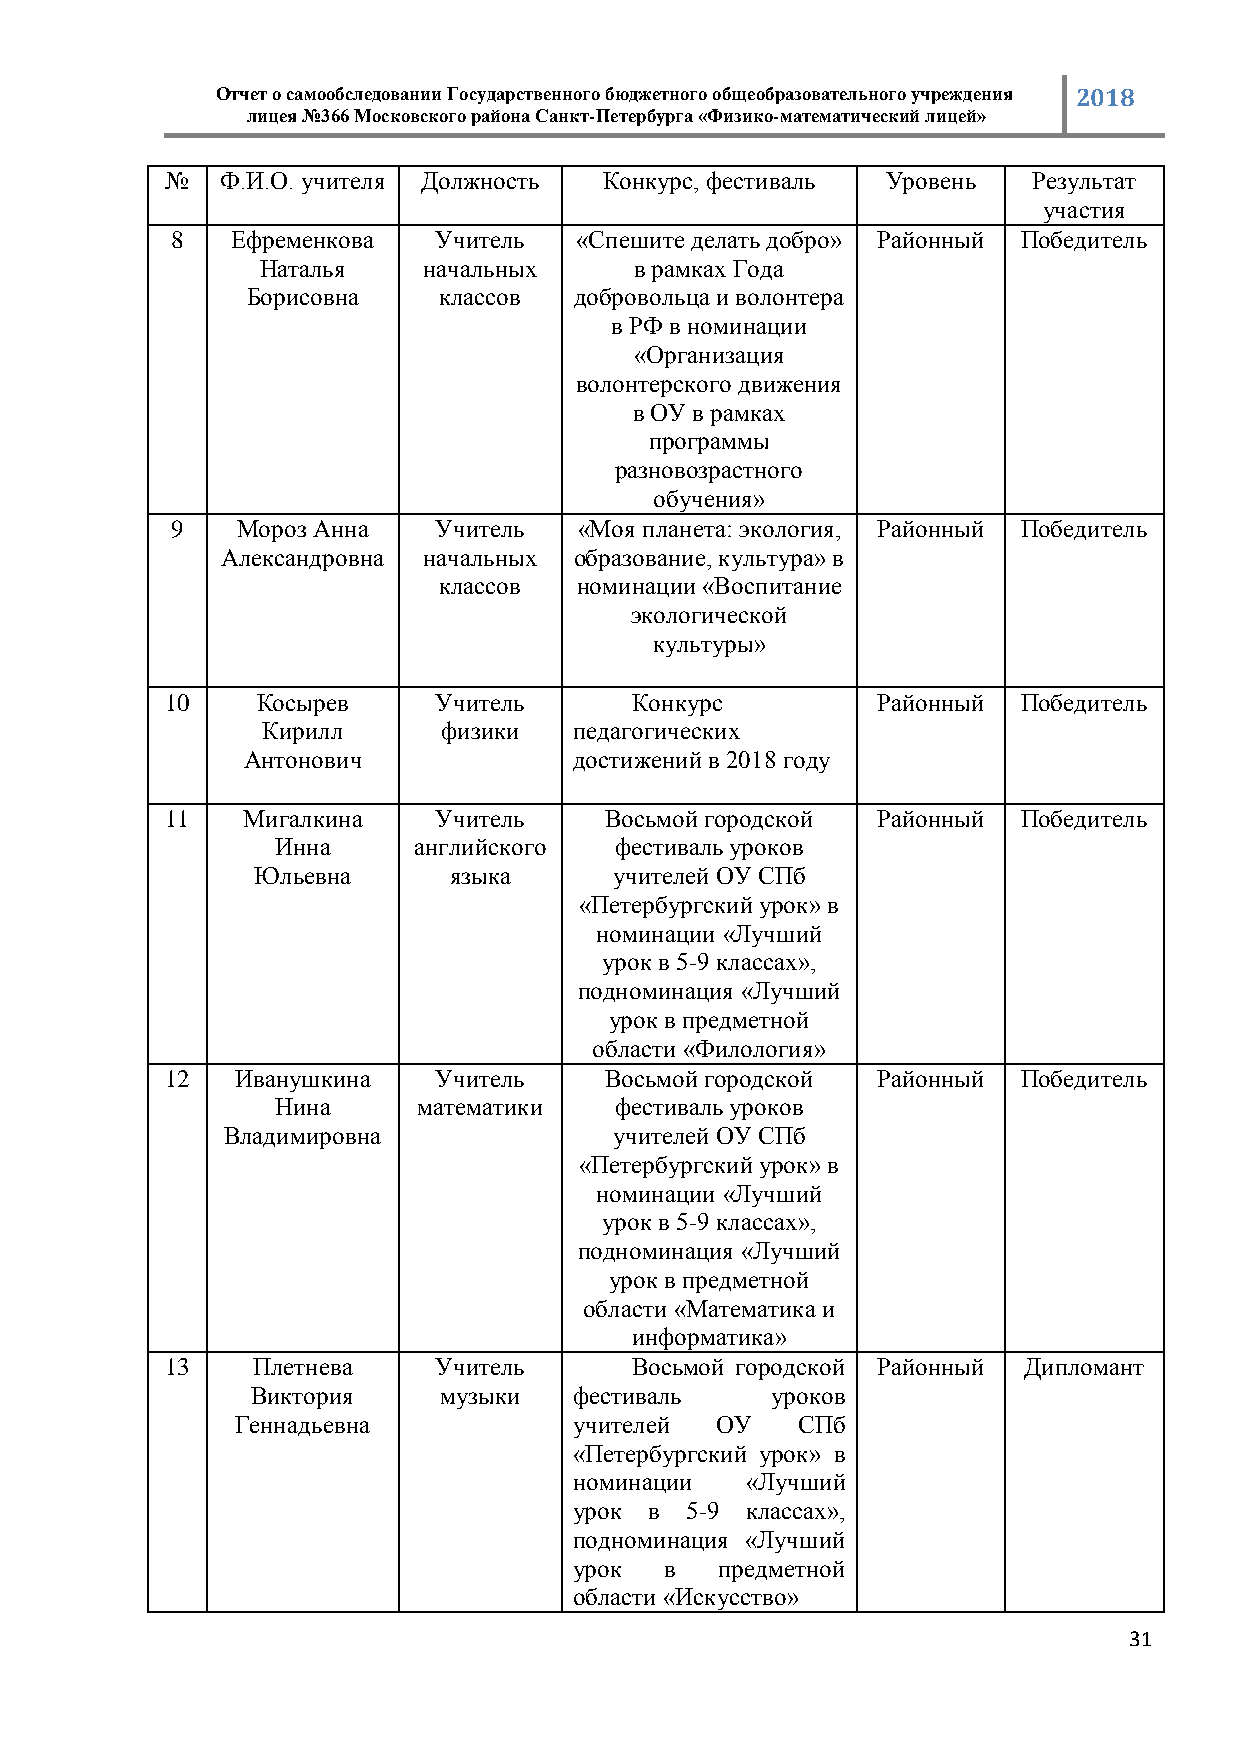
Отчет о самообследовании Государственного бюджетного общеобразовательного учреждения 2018
 лицея №366 Московского района Санкт-Петербурга «Физико-математический лицей»
 №   Ф.И.О. учителя Должность Конкурс, фестиваль Уровень  Результат
 участия
 8   Ефременкова   Учитель  «Спешите делать добро» Районный Победитель
 Наталья    начальных     в рамках Года
 Борисовна    классов  добровольца и волонтера
 в РФ в номинации
 «Организация
 волонтерского движения
 в ОУ в рамках
 программы
 разновозрастного
 обучения»
 9    Мороз Анна   Учитель  «Моя планета: экология, Районный Победитель
 Александровна начальных образование, культура» в
 классов  номинации «Воспитание
 экологической
 культуры»
 10    Косырев     Учитель      Конкурс         Районный  Победитель
 Кирилл      физики   педагогических
 Антонович             достижений в 2018 году
 11   Мигалкина    Учитель    Восьмой городской Районный  Победитель
 Инна     английского   фестиваль уроков
 Юльевна      языка      учителей ОУ СПб
 «Петербургский урок» в
 номинации «Лучший
 урок в 5-9 классах»,
 подноминация «Лучший
 урок в предметной
 области «Филология»
 12   Иванушкина   Учитель    Восьмой городской Районный  Победитель
 Нина      математики   фестиваль уроков
 Владимировна              учителей ОУ СПб
 «Петербургский урок» в
 номинации «Лучший
 урок в 5-9 классах»,
 подноминация «Лучший
 урок в предметной
 области «Математика и
 информатика»
 13    Плетнева    Учитель      Восьмой городской Районный Дипломант
 Виктория    музыки   фестиваль    уроков
 Геннадьевна           учителей ОУ    СПб
 «Петербургский урок» в
 номинации  «Лучший
 урок в 5-9 классах»,
 подноминация «Лучший
 урок  в   предметной
 области «Искусство»
 31